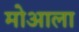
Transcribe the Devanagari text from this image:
मोआला